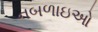
નબળાઇઓ